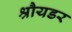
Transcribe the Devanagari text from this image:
श्रौयडर